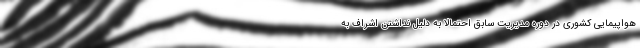
هواپیمایی کشوری در دوره مدیریت سابق احتمالا به دلیل نداشتن اشراف به